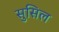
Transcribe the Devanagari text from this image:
सुसिल